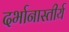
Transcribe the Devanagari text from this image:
दर्भानास्तीर्य